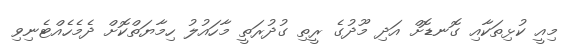
މިއީ ކުޅިތަކާއި ގޮނޑޮށް އަދި މޫދުގެ ރީތި ގުދުރަތީ މާހައުލު ހިމާޔަތްކޮށް ދެމެހެއްޓެނިވި